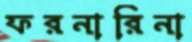
ফরনারিনা